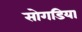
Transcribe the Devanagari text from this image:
सोगडिया